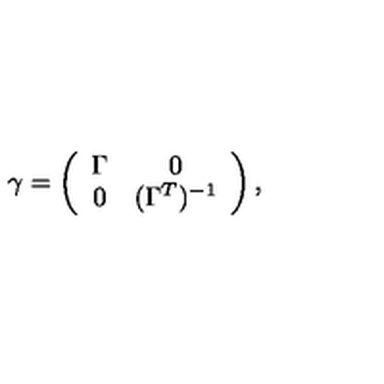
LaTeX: \gamma = \left( \begin{array} { c c } { \Gamma } & { 0 } \\ { 0 } & { ( \Gamma ^ { T } ) ^ { - 1 } } \\ \end{array} \right) ,